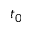
t _ { 0 }